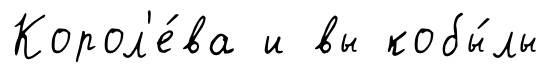
Корол'е́ва и вы кобы́лы